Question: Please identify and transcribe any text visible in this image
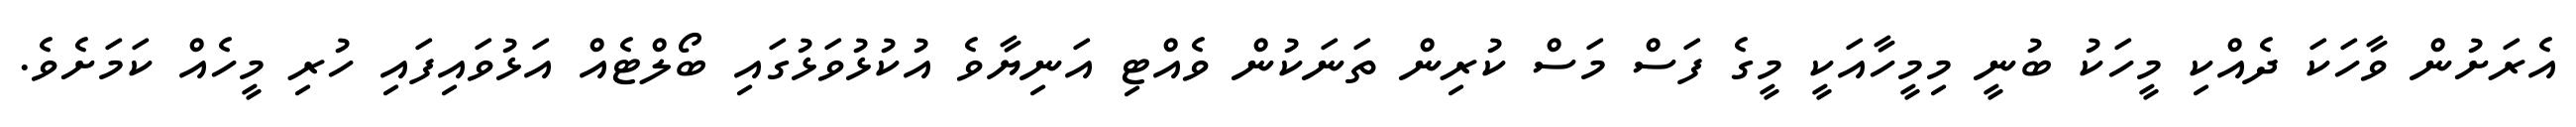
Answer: އެރަށުން ވާހަކަ ދެއްކި މީހަކު ބުނީ މިމީހާއަކީ މީގެ ފަސް މަސް ކުރިން ތަނަކުން ވެއްޓި އަނިޔާވެ އުކުޅުވަޅުގައި ބޯލްޓެއް އަޅުވައިފައި ހުރި މީހެއް ކަމަށެވެ.